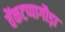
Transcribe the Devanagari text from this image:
वेंकटप्पागौड़ा